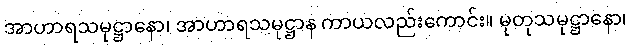
အာဟာရသမုဋ္ဌာနော၊ အာဟာရသမုဋ္ဌာန ကာယလည်းကောင်း။ မုတုသမုဋ္ဌာနော၊